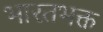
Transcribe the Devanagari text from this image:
भारतभक्त